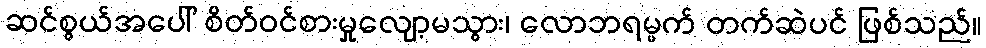
ဆင်စွယ်အပေါ် စိတ်ဝင်စားမှုလျော့မသွား၊ လောဘရမ္မက် တက်ဆဲပင် ဖြစ်သည်။